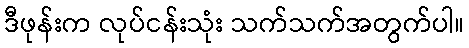
ဒီဖုန်းက လုပ်ငန်းသုံး သက်သက်အတွက်ပါ။